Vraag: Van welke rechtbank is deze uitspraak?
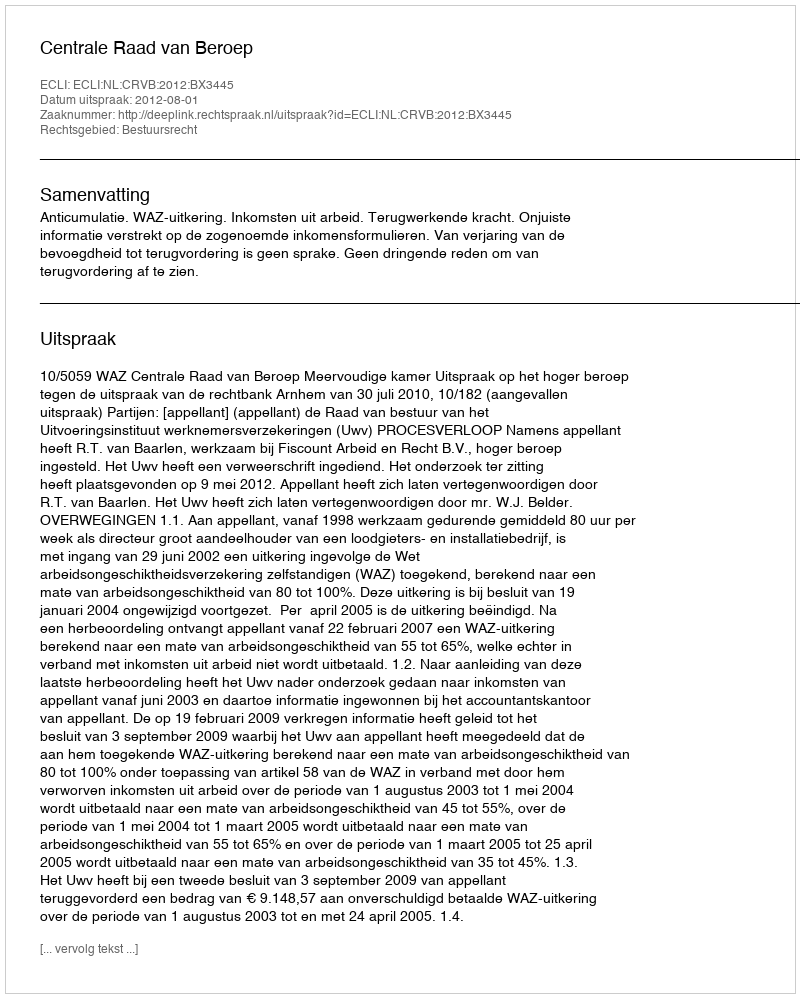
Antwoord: Centrale Raad van Beroep